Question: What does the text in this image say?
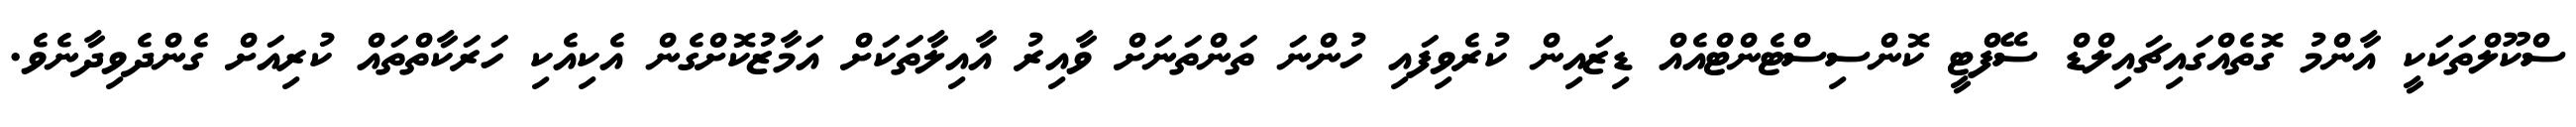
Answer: ސްކޫލްތަކަކީ އާންމު ގޮތެއްގައިޗައިލްޑް ސޭފްޓީ ކޮންސިސްޓެންޓްއެއް ޑިޒައިން ކުރެވިފައި ހުންނަ ތަންތަނަށް ވާއިރު އާއިލާތަކަށް އަމާޒުކޮށްގެން އެކިއެކި ހަރަކާތްތައް ކުރިއަށް ގެންދެވިދާނެވެ.